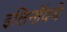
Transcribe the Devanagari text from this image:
इलिनॉयचे